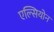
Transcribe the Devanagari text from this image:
एल्सियोन